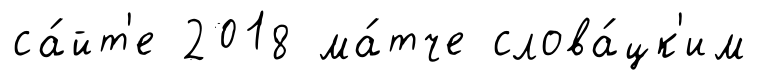
са́йт'е 2018 ма́тче слова́цк'им